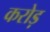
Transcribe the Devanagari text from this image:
करोड़